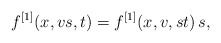
\begin{align*} f^{[1]}(x,vs,t) = f^{[1]} (x,v,st) \, s ,\end{align*}